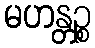
မဟန္တဉ္စ